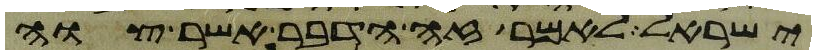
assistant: ישראל לאמר זה הדבר אשר צוה